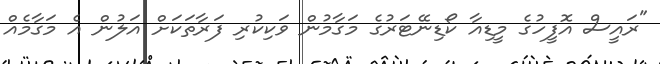
"ރައީސް އޮފީހުގެ މީޑިއާ ކޯޑިނޭޓަރުގެ މަގާމުން ވަކިކުރި ފަރާތަކަށް އަލުން އެ މަގާމެއް